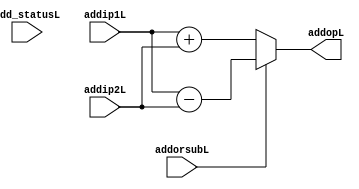
`timescale 1ns / 1ps

module AdderL(add_statusL,addip1L,addip2L,addopL,addorsubL);

input add_statusL,addorsubL;
input [39:0] addip1L,addip2L;

output reg [39:0]addopL;

always @(addip1L or addip2L or addorsubL)
begin
	if(addorsubL == 1'b1)
		addopL=addip1L-addip2L;
	else
		addopL=addip1L+addip2L;
end

endmodule